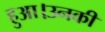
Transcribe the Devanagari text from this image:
हुआ।उनकी